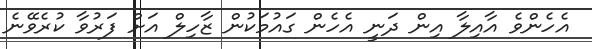
އެހެންވެ އާއިލާ އިން ދަނީ އެހެން ގައުމަކުން ޒާހިލް އަށް ފަރުވާ ކުރެވޭނެ